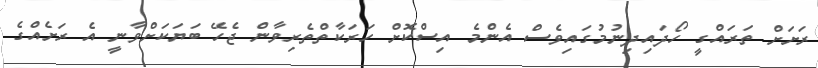
ރަށަށް ތަރައްގީ ހޯދައިދިނުމުގައިވެސް އެންމެ އިސްކޮށް ހަރަކާތްތެރިވާން ޖެހޭ ބަޔަކަށްވާނީ އެ ރަށެއްގެ